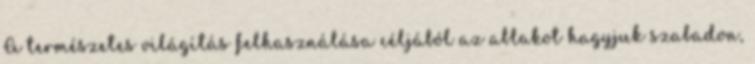
A természetes világítás felhasználása céljából az ablakot hagyjuk szabadon,